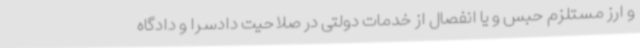
و ارز مستلزم حبس و یا انفصال از خدمات دولتی در صلاحیت دادسرا و دادگاه